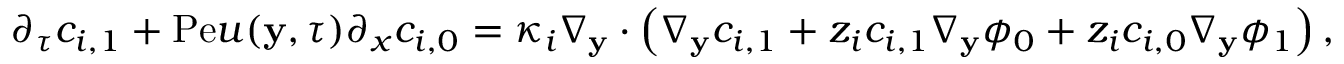
\begin{array} { r l } & { \partial _ { \tau } c _ { i , 1 } + \mathrm { P e } u ( \mathbf { y } , \tau ) \partial _ { x } c _ { i , 0 } = \kappa _ { i } \nabla _ { \mathbf { y } } \cdot \left( \nabla _ { \mathbf { y } } c _ { i , 1 } + z _ { i } c _ { i , 1 } \nabla _ { \mathbf { y } } \phi _ { 0 } + z _ { i } c _ { i , 0 } \nabla _ { \mathbf { y } } \phi _ { 1 } \right) , } \end{array}